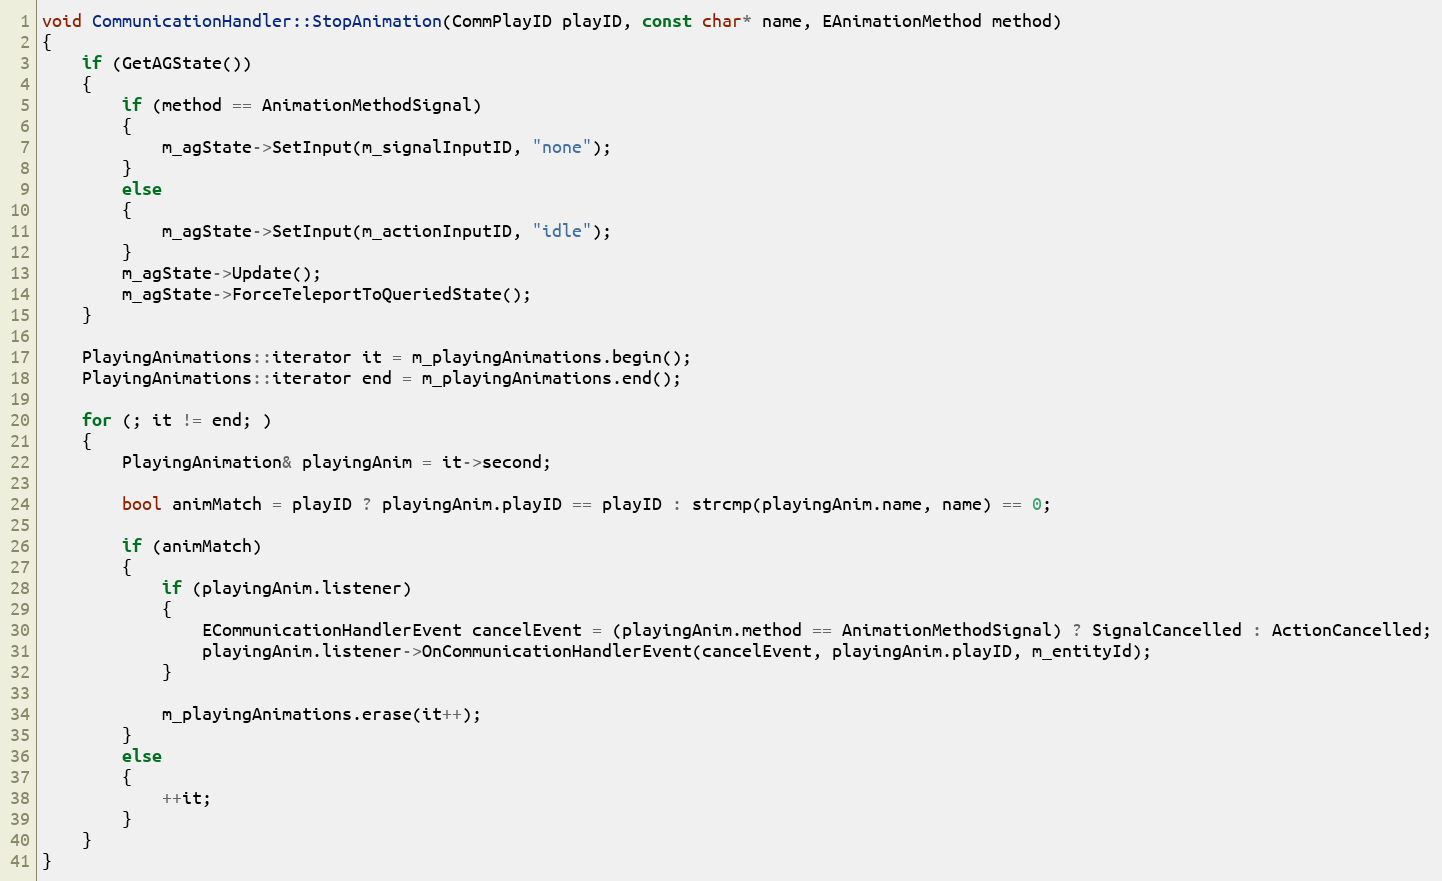
Language: C++
void CommunicationHandler::StopAnimation(CommPlayID playID, const char* name, EAnimationMethod method)
{
	if (GetAGState())
	{
		if (method == AnimationMethodSignal)
		{
			m_agState->SetInput(m_signalInputID, "none");
		}
		else
		{
			m_agState->SetInput(m_actionInputID, "idle");
		}
		m_agState->Update();
		m_agState->ForceTeleportToQueriedState();
	}

	PlayingAnimations::iterator it = m_playingAnimations.begin();
	PlayingAnimations::iterator end = m_playingAnimations.end();

	for (; it != end; )
	{
		PlayingAnimation& playingAnim = it->second;

		bool animMatch = playID ? playingAnim.playID == playID : strcmp(playingAnim.name, name) == 0;

		if (animMatch)
		{
			if (playingAnim.listener)
			{
				ECommunicationHandlerEvent cancelEvent = (playingAnim.method == AnimationMethodSignal) ? SignalCancelled : ActionCancelled;
				playingAnim.listener->OnCommunicationHandlerEvent(cancelEvent, playingAnim.playID, m_entityId);
			}

			m_playingAnimations.erase(it++);
		}
		else
		{
			++it;
		}
	}
}